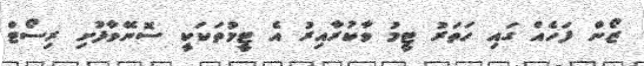
ޒޯން ފަހެއް ގައި ހަތަރު ޓީމު ވާކުރާއިރު އެ ޓީމުތަކަކީ ސޮނޭވާފުށި ރިސޯޓް